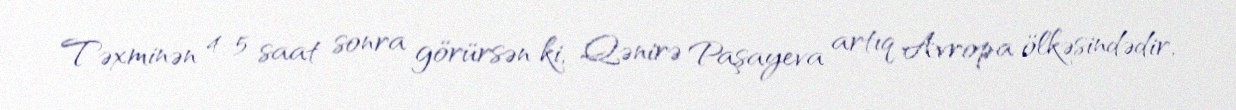
Təxminən 4-5 saat sonra görürsən ki, Qənirə Paşayeva artıq Avropa ölkəsindədir,